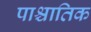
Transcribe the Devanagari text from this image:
पाश्चातिक